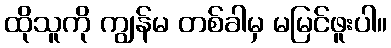
ထိုသူကို ကျွန်မ တစ်ခါမှ မမြင်ဖူးပါ။